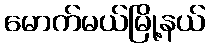
မောက်မယ်မြို့နယ်